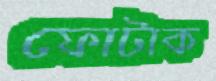
ফোটাক